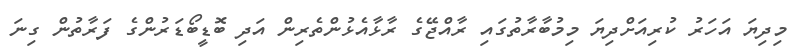
މިދިޔަ އަހަރު ކުރިއަށްދިޔަ މިމުބާރާތުގައި ރާއްޖޭގެ ރާޅާއެޅުންތެރިން އަދި ބޮޑީބޯޑަރުންގެ ފަރާތުން ގިނަ